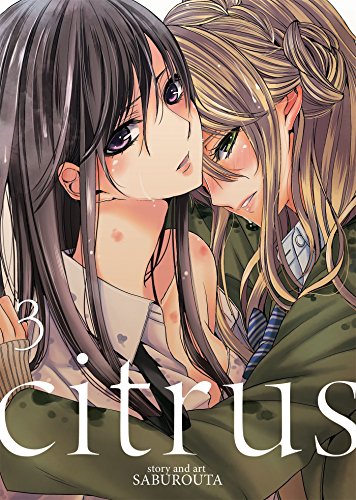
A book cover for Citrus Vol. 3; Saburouta; Comics & Graphic Novels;